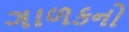
ગાળકનો